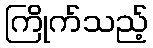
ကြိုက်သည့်